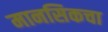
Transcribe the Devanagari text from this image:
मानसिकचा